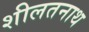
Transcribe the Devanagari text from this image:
शीलतनाथ